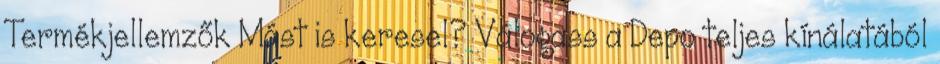
Termékjellemzők Mást is keresel? Válogass a Depo teljes kínálatából